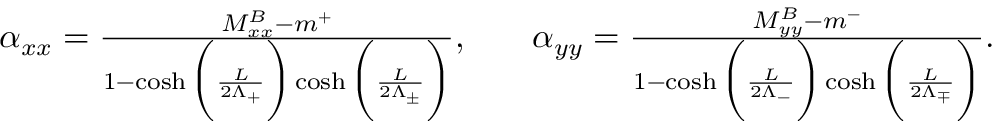
\begin{array} { r l r } { \alpha _ { x x } = \frac { M _ { x x } ^ { B } - m ^ { + } } { 1 - \cosh \bigg ( \frac { L } { 2 \Lambda _ { + } } \bigg ) \cosh \bigg ( \frac { L } { 2 \Lambda _ { \pm } } \bigg ) } , } & { } & { \alpha _ { y y } = \frac { M _ { y y } ^ { B } - m ^ { - } } { 1 - \cosh \bigg ( \frac { L } { 2 \Lambda _ { - } } \bigg ) \cosh \bigg ( \frac { L } { 2 \Lambda _ { \mp } } \bigg ) } . } \end{array}